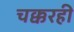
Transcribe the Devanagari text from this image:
चक्करही